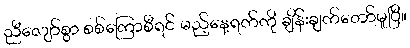
ညီလျော်စွာ စစ်ကြောစီရင် မည့်နေ့ရက်ကို ချိန်းချက်တော်မူပြီ။